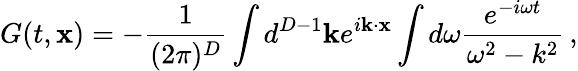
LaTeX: G(t,{\mathbf x})=-\frac{1}{(2\pi)^{D}}\int d^{D-1}{\mathbf k}e^{i{\mathbf k}\cdot{\mathbf x}}\int d\omega\frac{e^{-i\omega t}}{\omega^{2}-k^{2}}\, ,